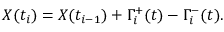
X ( t _ { i } ) = X ( t _ { i - 1 } ) + \Gamma _ { i } ^ { + } ( t ) - \Gamma _ { i } ^ { - } ( t ) .